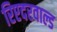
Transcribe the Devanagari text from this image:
रिएदरवाल्ड